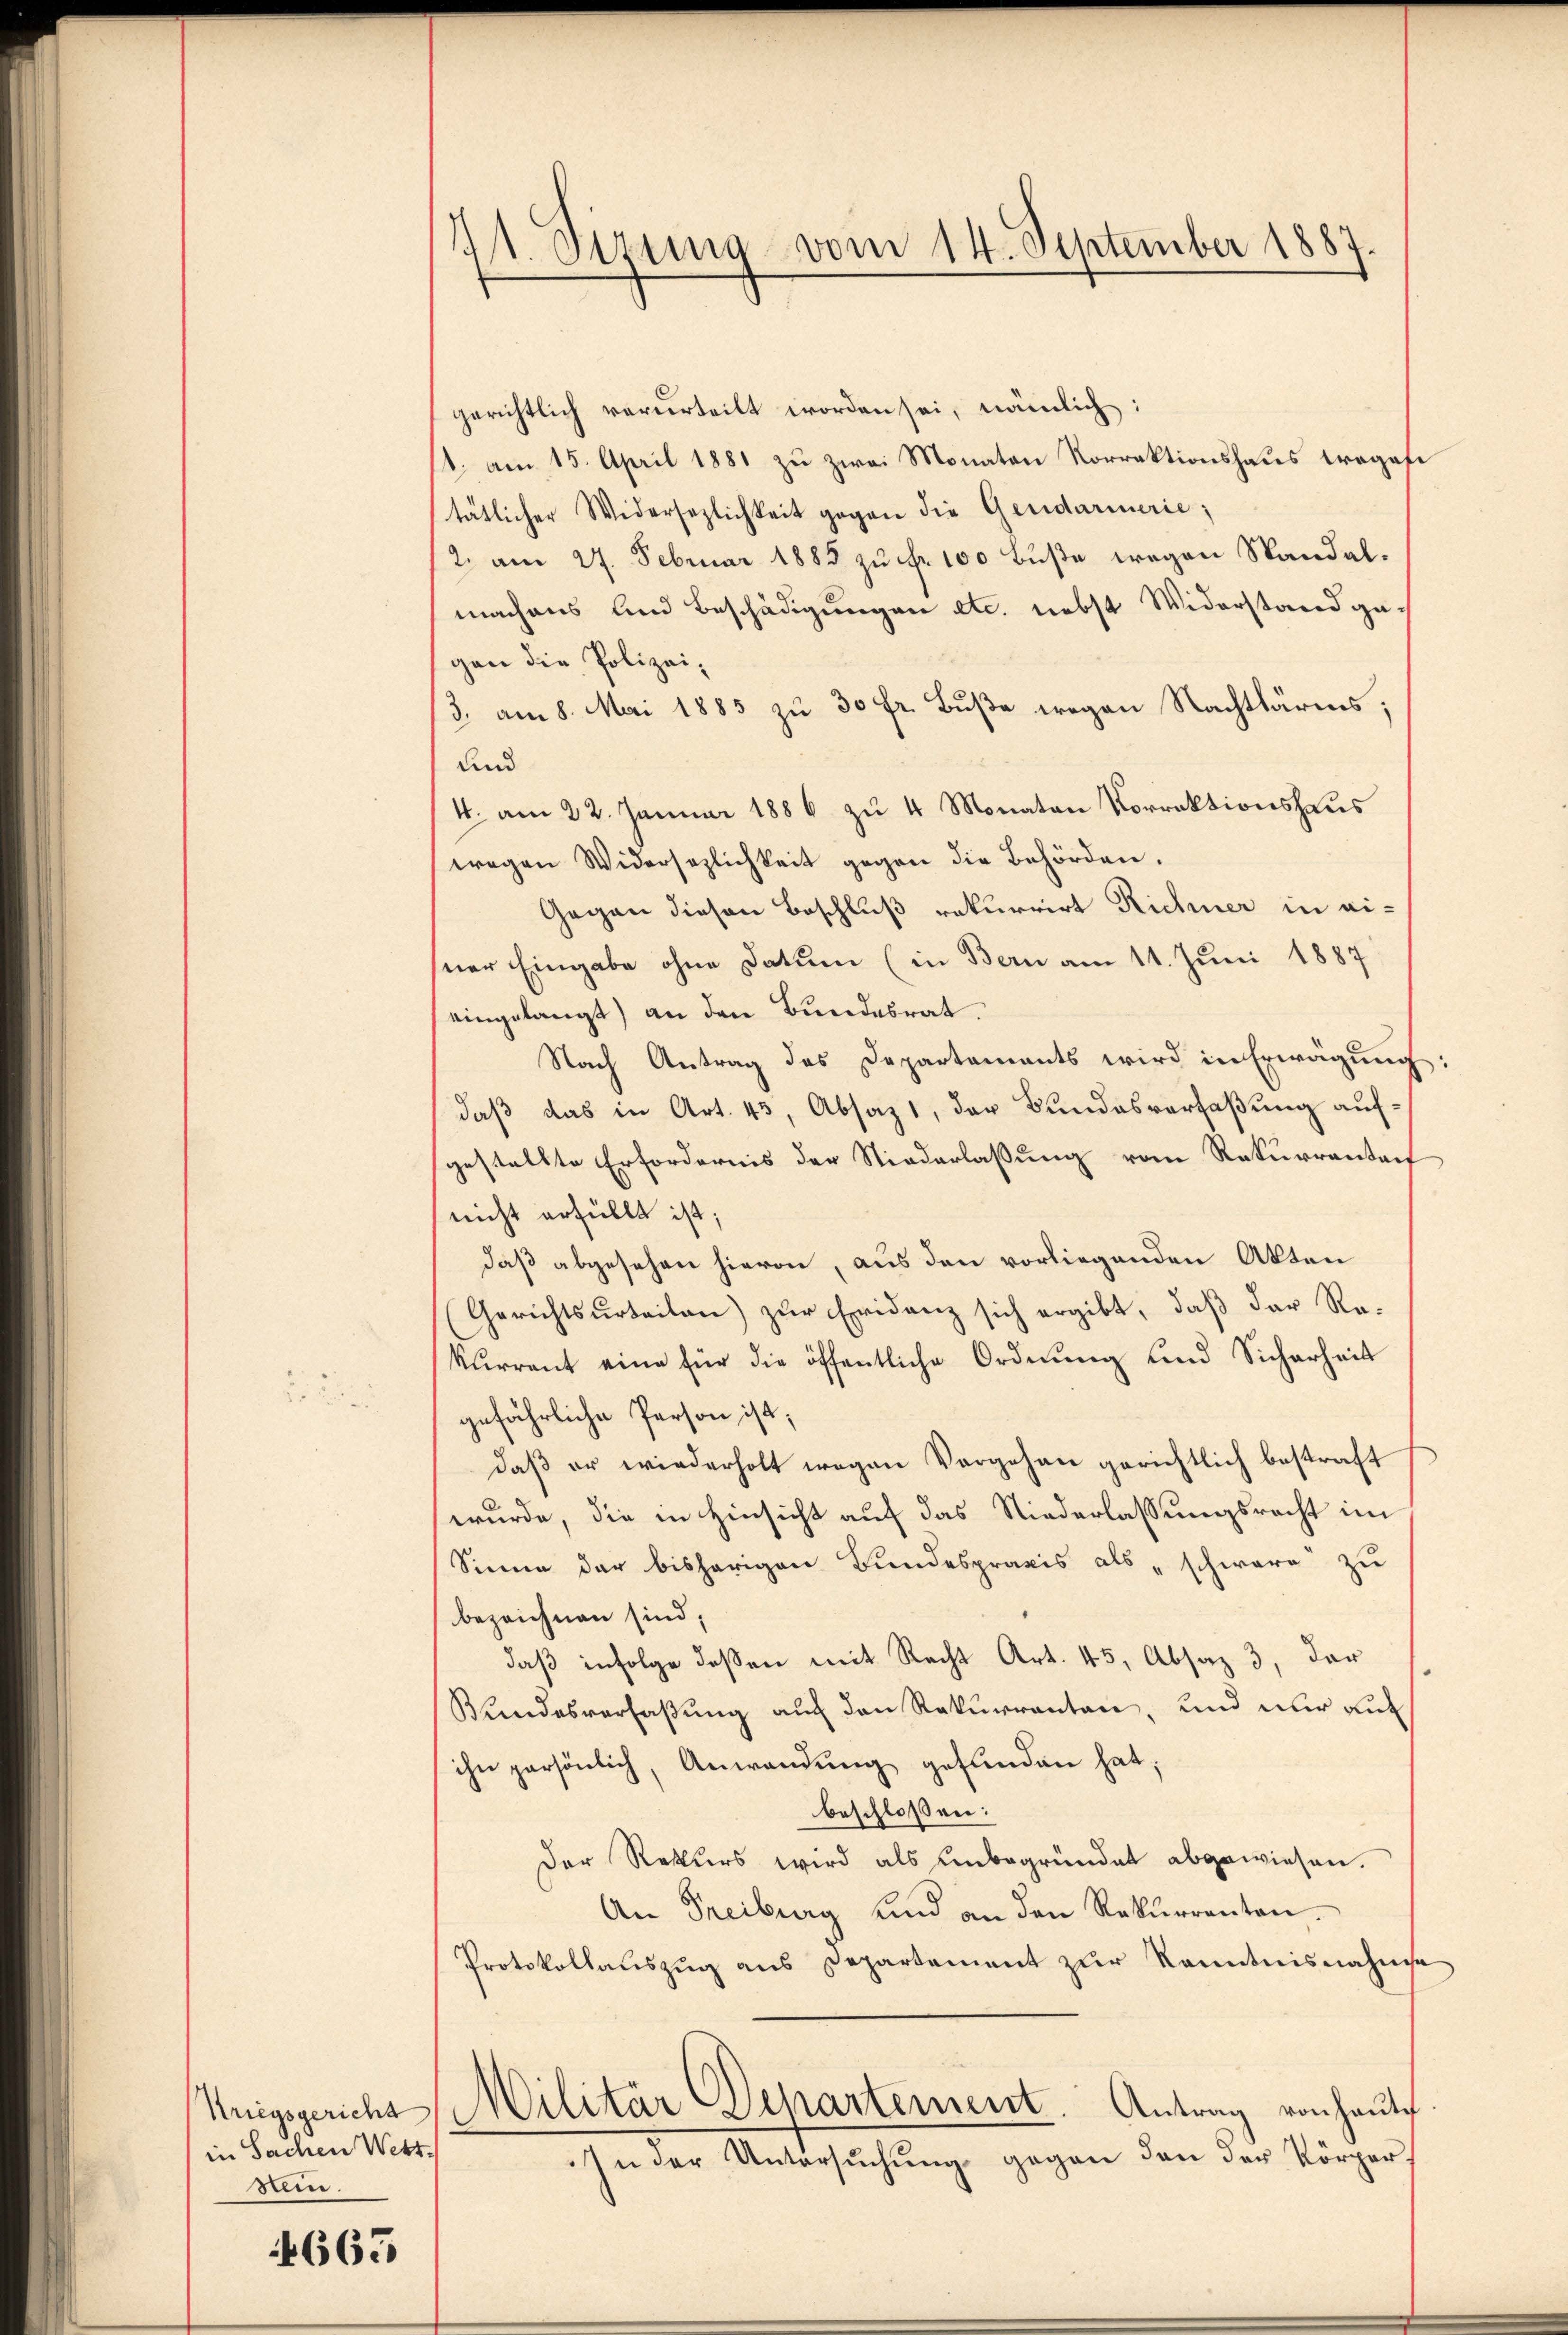
in Sachen Wettsin.

4665

121. Sizung vom 14. September 1887.

gerichtlich verurteilt worden sei, nämlich:
11. am 15. April 1881 zu zwei Monaten Korrektionshaus tragene
tätlicher Widersezlichkeit gegen die Geridarinerie;
2. am 27. Februar 1885 zu fr. 100 Buße wegen Standalmachens und Beschädigungen etc. nebst Widerstand gegen die Polizei-
3. am 8. Mai 1883 zu 30 fr. Buße wegen Nachtbärms;
und
4. am 22. Januar 1886 zu 4 Monaten Vorrektionshaus
wegen Widersezlichkeit gegen die Behörden.
Gegen diesen Beschluß rekurrirt Richner in eisner Eingabe ohne Datum (in Bern am 11. Juni 1887
eingelangt) an den Bundesrat.
Nach Antrag des Departaments wird in Erwägung:
daß das in Art. 43, Absaz, der Bundesverfaßung aufgestellte Erfordernis der Niederlassung vom Rekurrentert
(nicht erfüllt ist;
daß abgesehen hievon, aus den vorliegenden Akten
Gerichtsurteilen) zur Evidenz sich ergibt, daß der Rekurrent eine für die öffentliche Ordnŭng und Sicherheit
gefährliche Person ist;
daß er wiederholt wegen Vorgehen gerichtlich bestraft
wurde, die in Hinsicht auf das Niederlassungsrecht im
Sinne der bisherigen Bundespraxis als „schwere zu
bezeichnen sind;
daß infolge deßen mit Recht Art. 45, Absaz 3, der
Kundesverfaßung auf den Rekurrenten, und nur au
ihn persönlich, Anwendung gefunden hat;
beschloßen:
Der Rekurs wird als unbegründet abgewiesen.
An Freiburg und an den Rekŭrrenten.
Protokollaŭszŭg ans Departement zŭr Kenntnisnahme
Kriegsgerichs Militär Departement. Antrag von Hautch
In der Untersŭchŭng gegen den der Körper-